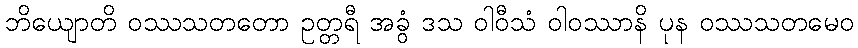
ဘိယျောတိ ဝဿသတတော ဥတ္တရီ အခွံ ဒသ ဝါဝီသံ ဝါဝဿာနိ ပုန ဝဿသတမေဝ